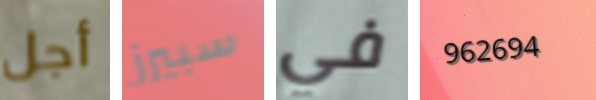
أجل سبيرز في 962694